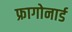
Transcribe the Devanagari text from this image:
फ्रागोनार्ड